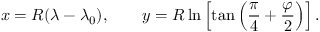
x = R ( \lambda - \lambda _ { 0 } ) , \qquad y = R \ln \left[ \tan \left( { \frac { \pi } { 4 } } + { \frac { \varphi } { 2 } } \right) \right] .